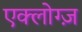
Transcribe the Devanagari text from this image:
एक्लोग्ज़